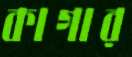
কাগার